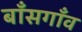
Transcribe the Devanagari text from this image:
बाँसगाँव